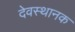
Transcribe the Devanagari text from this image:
देवस्थानक